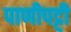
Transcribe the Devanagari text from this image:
पाणीपट्टी